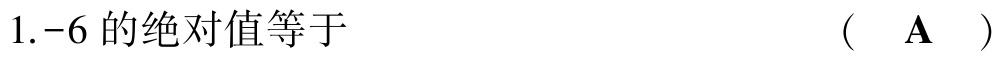
1.$-6$ 的绝对值等于  （  $\mathbf{A}$  ）